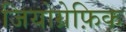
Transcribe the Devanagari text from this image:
जियोग्रेफ़िक